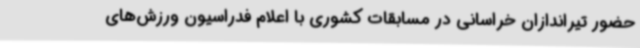
حضور تیراندازان خراسانی در مسابقات کشوری با اعلام فدراسیون ورزش‌های